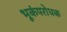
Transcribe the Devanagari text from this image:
भूकंपरोधक